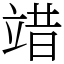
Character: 䇎